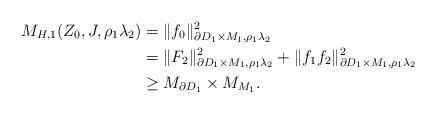
LaTeX: \begin{align*} M_{H,1}(Z_0,J,\rho_1 \lambda_2)&=\|f_0\|^2_{\partial D_1\times M_1,\rho_1 \lambda_2}\\ &=\|F_2\|^2_{\partial D_1\times M_1,\rho_1 \lambda_2}+\|f_1f_2\|^2_{\partial D_1\times M_1,\rho_1 \lambda_2}\\ &\ge M_{\partial D_1}\times M_{M_1}. \end{align*}